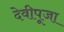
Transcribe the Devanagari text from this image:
देवीपूजा